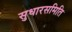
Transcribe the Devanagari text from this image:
सुधारसमिति